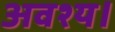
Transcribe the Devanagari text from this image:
अवश्य।